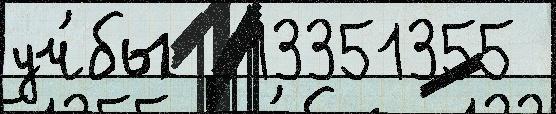
уч́бы  13351355